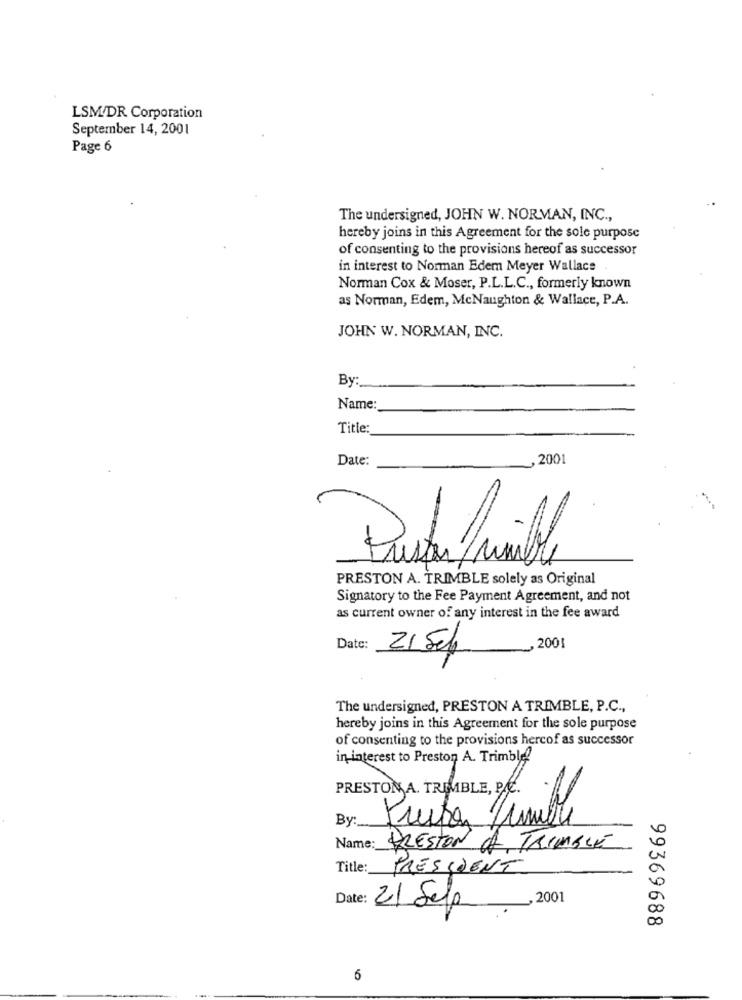
LSM/DR Corporation
September 14, 2001
Page 6
The undersigned, JOHN W. NORMAN, INC .,
hereby joins in this Agreement for the sole purpose
of consenting to the provisions hereof as successor
in interest to Norman Edem Meyer Wallace
Norman Cox & Moser, P.L.L.C ., formerly known
as Norman, Edem, McNaughton & Wallace, P.A.
JOHN W. NORMAN, INC.
By
Name
Title:
Date:
, 2001
Pueden Pruile
PRESTON A. TRIMBLE solely as Original
Signatory to the Fee Payment Agreement, and not
as current owner of any interest in the fee award
Date:
2001
21 Sep
The undersigned, PRESTON A TRIMBLE, P.C .,
hereby joins in this Agreement for the sole purpose
of consenting to the provisions hercof as successor
in interest to Preston A. Trimble
PRESTON A. TREMBLE, P.C.
By :.
Preston Limible
ulle
Name:
PRESTON A TRIMBLE
Title:
PRESIDENT
Date:
21 Sepp
, 2001
99369688
6